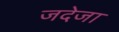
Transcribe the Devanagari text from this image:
जदेजा